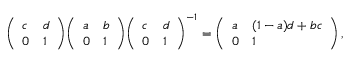
{ \left( \begin{array} { l l } { c } & { d } \\ { 0 } & { 1 } \end{array} \right) } { \left( \begin{array} { l l } { a } & { b } \\ { 0 } & { 1 } \end{array} \right) } { \left( \begin{array} { l l } { c } & { d } \\ { 0 } & { 1 } \end{array} \right) } ^ { - 1 } = { \left( \begin{array} { l l } { a } & { ( 1 - a ) d + b c } \\ { 0 } & { 1 } \end{array} \right) } \, ,